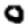
Digit: 0